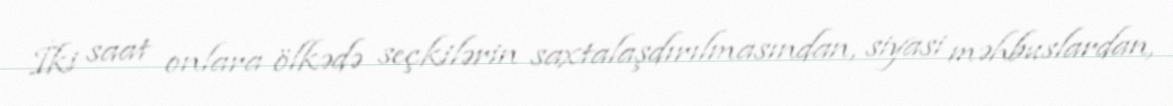
İki saat onlara ölkədə seçkilərin saxtalaşdırılmasından, siyasi məhbuslardan,